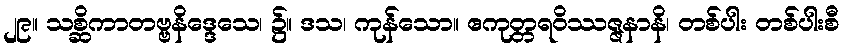
၂၉။ သစ္ဆိကာတဗ္ဗနိဒ္ဒေသေ၊ ၌။ ဒသ၊ ကုန်သော။ ဧကုတ္တရဝိဿဇ္ဇနာနိ၊ တစ်ပါး တစ်ပါးစီ